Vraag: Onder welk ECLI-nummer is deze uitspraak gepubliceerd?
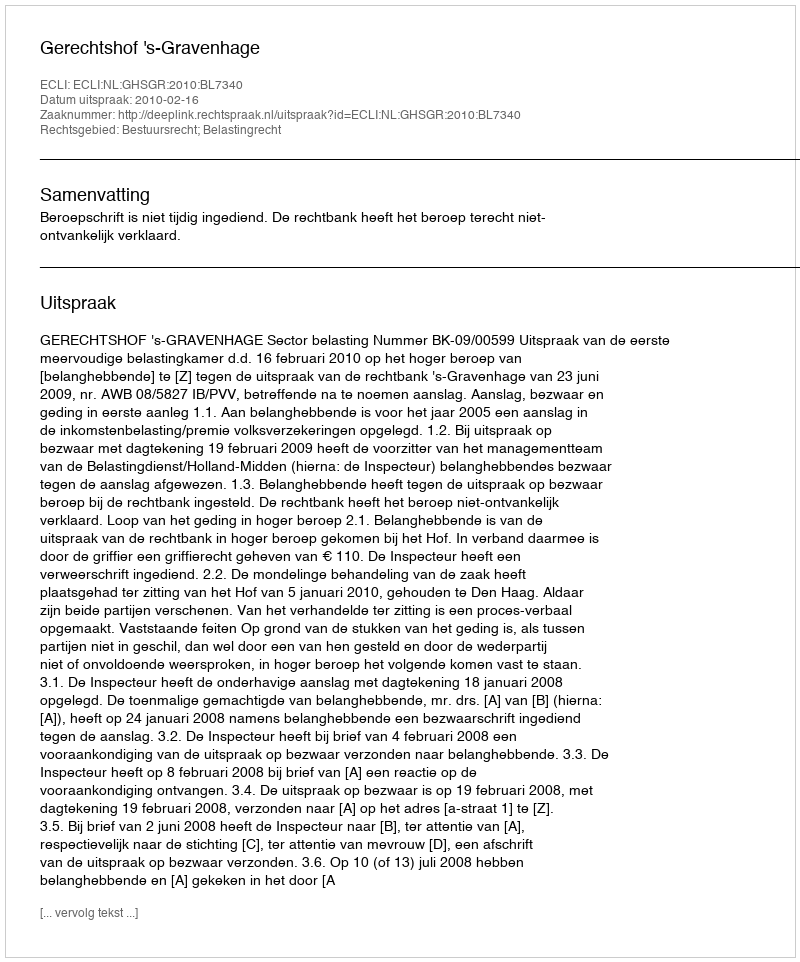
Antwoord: ECLI:NL:GHSGR:2010:BL7340